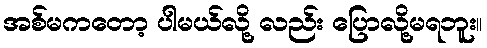
အစ်မကတော့ ပါမယ်လို့ လည်း ပြောလို့မရဘူး။